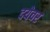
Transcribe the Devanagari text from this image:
दयेवर